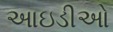
આઇડીઓ